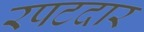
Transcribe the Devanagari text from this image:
रपटदार